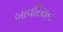
બાવરિયન